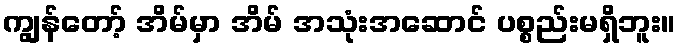
ကျွန်တော့် အိမ်မှာ အိမ် အသုံးအဆောင် ပစ္စည်းမရှိဘူး။